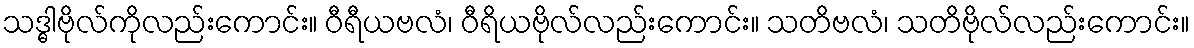
သဒ္ဓါဗိုလ်ကိုလည်းကောင်း။ ဝီရီယဗလံ၊ ဝီရိယဗိုလ်လည်းကောင်း။ သတိဗလံ၊ သတိဗိုလ်လည်းကောင်း။